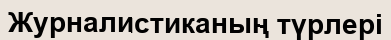
Журналистиканың түрлері